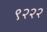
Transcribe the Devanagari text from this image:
९२२२